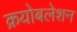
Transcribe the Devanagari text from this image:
क्रयोबलेशन